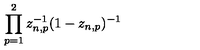
\prod _ { p = 1 } ^ { 2 } z _ { n , p } ^ { - 1 } ( 1 - z _ { n , p } ) ^ { - 1 }